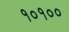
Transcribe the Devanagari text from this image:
१०१००